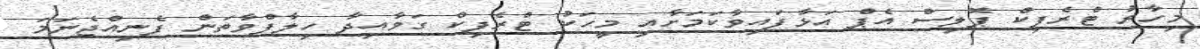
މިހާރު ޓްރެފިކް ޕޮލިސް އެޕް އަޅާފައިވާކަމަށާއި މީހަކު ޓްރެފިކް ގަވާއިދާ ހިލާފްވާތަން ފެނިއްޖެނަމަ